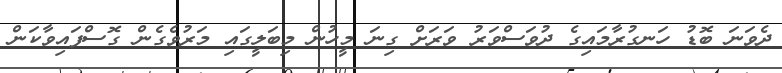
ދެވަނަ ބޮޑު ހަނގުރާމައިގެ ދުވަސްވަރު ވަރަށް ގިނަ މީހުން މިބަލީގައި މަރުވެގެން ގޮސްފައިވާކަން